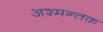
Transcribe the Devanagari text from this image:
अश्मन्तक